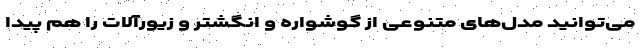
می‌توانید مدل‌های متنوعی از گوشواره و انگشتر و زیورآلات را هم پیدا